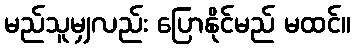
မည်သူမျှလည်း ပြောနိုင်မည် မထင်။